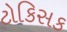
ટોકિસક